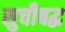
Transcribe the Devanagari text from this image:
सुचीबद्ध